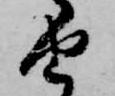
由